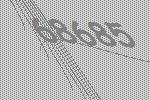
68685